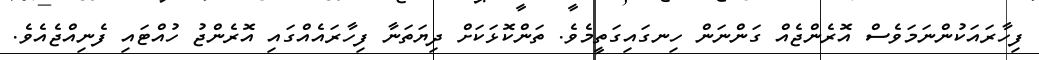
ފިހާރައަކުންނަމަވެސް އޮރެންޖެއް ގަންނަން ހިނގައިގަތީމެވެ. ތަންކޮޅަކަށް ދިޔަތަނާ ފިހާރައެއްގައި އޮރެންޖު ހުއްޓައި ފެނިއްޖެއެވެ.